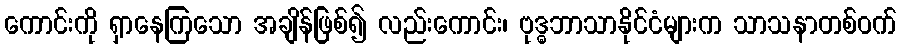
ကောင်းကို ရှာနေကြသော အချိန်ဖြစ်၍ လည်းကောင်း၊ ဗုဒ္ဓဘာသာနိုင်ငံများက သာသနာတစ်ဝက်